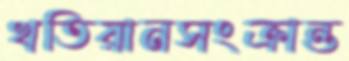
খতিয়ানসংক্রান্ত